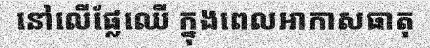
នៅលើផ្លែឈើ ក្នុងពេលអាកាសធាតុ